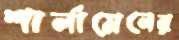
শার্লামেনের